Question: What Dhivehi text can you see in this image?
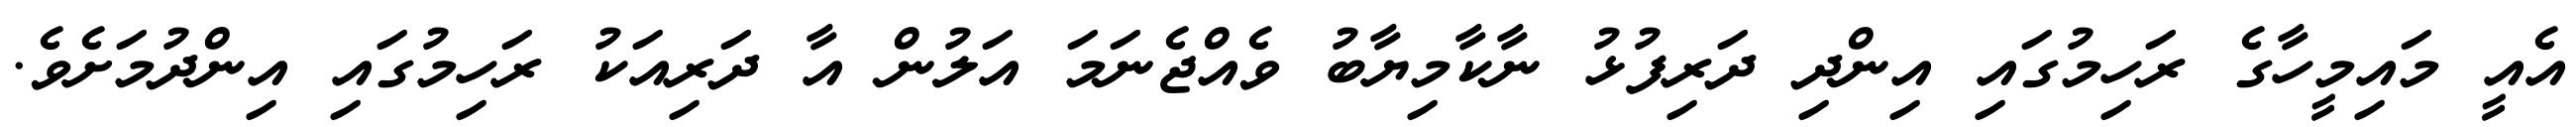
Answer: އެއީ މައިމީހާގެ ރަހިމުގައި އިންދި ދަރިފުޅު ނާކާމިޔާބު ވެއްޖެނަމަ އަލުން އާ ދަރިއަކު ރަހިމުގައި އިންދުމަށެވެ.